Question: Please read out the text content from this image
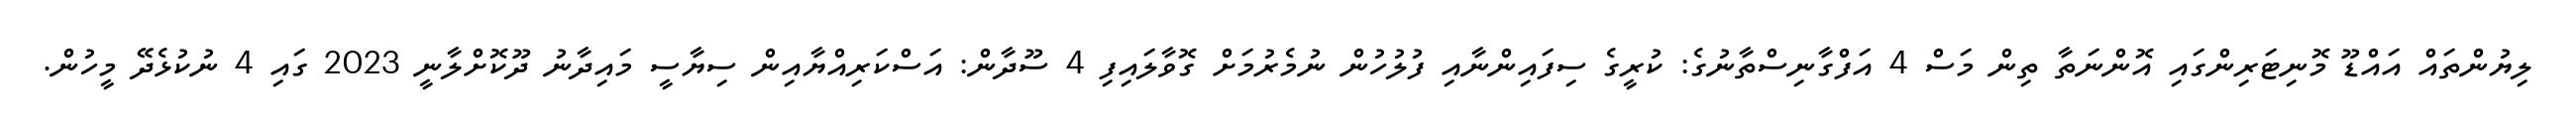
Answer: ލިޔުންތައް އައްޑޫ މޮނިޓަރިންގައި އޮންނަތާ ތިން މަސް 4 އަފްގާނިސްތާނުގެ: ކުރީގެ ސިފައިންނާއި ފުލުހުން ނުމެރުމަށް ގޮވާލައިފި 4 ސޫދާން: އަސްކަރިއްޔާއިން ސިޔާސީ މައިދާނު ދޫކޮށްލާނީ 2023 ގައި 4 ނުކުޅެދޭ މީހުން.